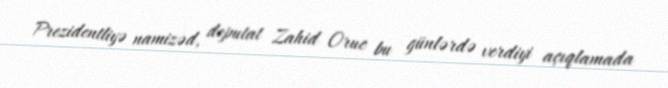
Prezidentliyə namizəd, deputat Zahid Oruc bu günlərdə verdiyi açıqlamada